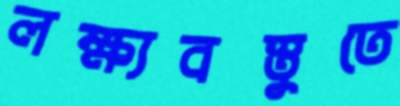
লক্ষ্যবস্তুতে